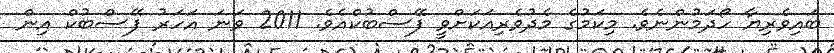
ބައިވެރިޔާ ހޯދަމުންނެވެ. މިކަމުގެ މެދުވެރިއަކަށްވީ ފޭސްބުކްއެވެ. 2011 ވަނަ އަހަރު ފޭސްބުކް އިން